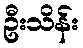
ဦးသိန်း